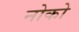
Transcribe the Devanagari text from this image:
नोको